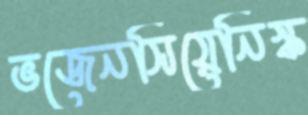
ভজেনসিয়েনিস্ক